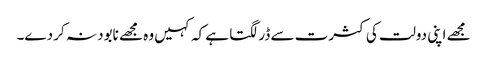
مجھے اپنی دولت کی کثرت سے ڈر لگتا ہے کہ کہیں وہ مجھے نابود نہ کر دے۔